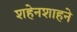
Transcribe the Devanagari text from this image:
शहेनशाहने